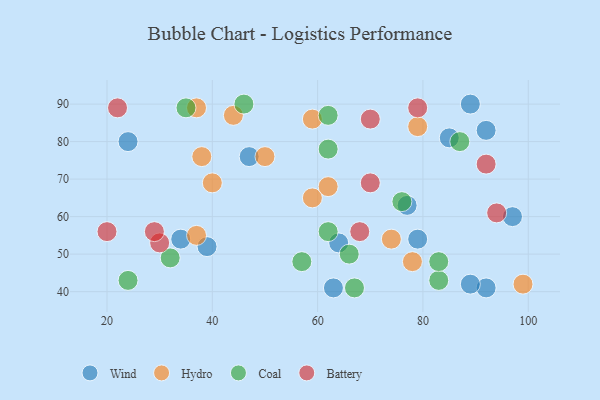
{"axis": {"x": "GDP", "y": "Life Expectancy"}, "legend": ["Battery", "Coal", "Hydro", "Wind"], "data": [{"x": "63", "y": 41, "type": "Wind"}, {"x": "79", "y": 54, "type": "Wind"}, {"x": "92", "y": 41, "type": "Wind"}, {"x": "77", "y": 63, "type": "Wind"}, {"x": "39", "y": 52, "type": "Wind"}, {"x": "47", "y": 76, "type": "Wind"}, {"x": "89", "y": 42, "type": "Wind"}, {"x": "89", "y": 90, "type": "Wind"}, {"x": "64", "y": 53, "type": "Wind"}, {"x": "97", "y": 60, "type": "Wind"}, {"x": "24", "y": 80, "type": "Wind"}, {"x": "85", "y": 81, "type": "Wind"}, {"x": "34", "y": 54, "type": "Wind"}, {"x": "92", "y": 83, "type": "Wind"}, {"x": "59", "y": 86, "type": "Hydro"}, {"x": "44", "y": 87, "type": "Hydro"}, {"x": "37", "y": 89, "type": "Hydro"}, {"x": "99", "y": 42, "type": "Hydro"}, {"x": "38", "y": 76, "type": "Hydro"}, {"x": "40", "y": 69, "type": "Hydro"}, {"x": "74", "y": 54, "type": "Hydro"}, {"x": "79", "y": 84, "type": "Hydro"}, {"x": "59", "y": 65, "type": "Hydro"}, {"x": "62", "y": 68, "type": "Hydro"}, {"x": "78", "y": 48, "type": "Hydro"}, {"x": "37", "y": 55, "type": "Hydro"}, {"x": "50", "y": 76, "type": "Hydro"}, {"x": "32", "y": 49, "type": "Coal"}, {"x": "57", "y": 48, "type": "Coal"}, {"x": "83", "y": 43, "type": "Coal"}, {"x": "24", "y": 43, "type": "Coal"}, {"x": "62", "y": 56, "type": "Coal"}, {"x": "62", "y": 78, "type": "Coal"}, {"x": "87", "y": 80, "type": "Coal"}, {"x": "76", "y": 64, "type": "Coal"}, {"x": "66", "y": 50, "type": "Coal"}, {"x": "83", "y": 48, "type": "Coal"}, {"x": "35", "y": 89, "type": "Coal"}, {"x": "62", "y": 87, "type": "Coal"}, {"x": "67", "y": 41, "type": "Coal"}, {"x": "46", "y": 90, "type": "Coal"}, {"x": "92", "y": 74, "type": "Battery"}, {"x": "70", "y": 86, "type": "Battery"}, {"x": "70", "y": 69, "type": "Battery"}, {"x": "22", "y": 89, "type": "Battery"}, {"x": "30", "y": 53, "type": "Battery"}, {"x": "94", "y": 61, "type": "Battery"}, {"x": "29", "y": 56, "type": "Battery"}, {"x": "68", "y": 56, "type": "Battery"}, {"x": "79", "y": 89, "type": "Battery"}, {"x": "20", "y": 56, "type": "Battery"}]}